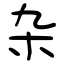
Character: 杂